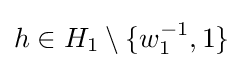
h\in H_{1}\setminus \{w_{1}^{-1},1\}